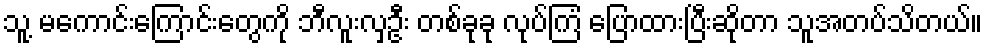
သူ့ မကောင်းကြောင်းတွေကို ဘီလူးလှဦး တစ်ခုခု လုပ်ကြံ ပြောထားပြီးဆိုတာ သူအတပ်သိတယ်။